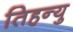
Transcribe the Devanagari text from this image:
तिहन्यु